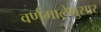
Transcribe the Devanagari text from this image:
वर्णमालेनुसार